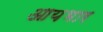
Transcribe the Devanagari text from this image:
आयभार